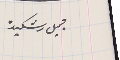
جميل رشكيده